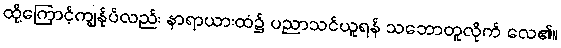
ထို့ကြောင့်ကျွန်ုပ်လည်း နာရာယားထံ၌ ပညာသင်ယူရန် သဘောတူလိုက် လေ၏။